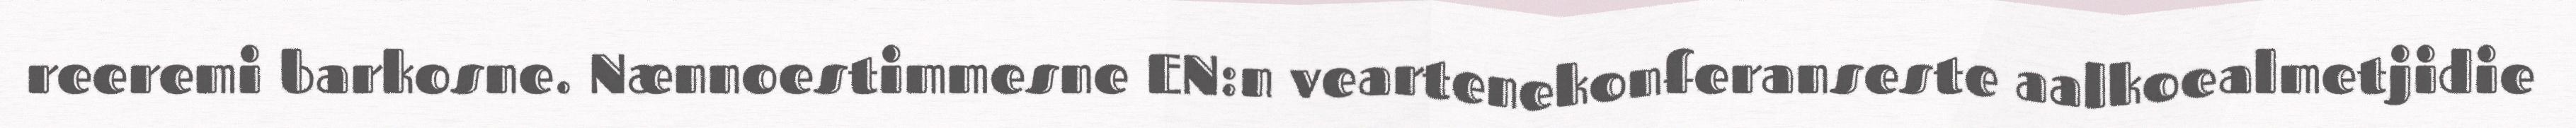
reeremi barkosne. Nænnoestimmesne EN:n veartenekonferanseste aalkoealmetjidie